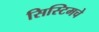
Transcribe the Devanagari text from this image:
सिस्टिमचे